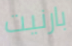
بارنيت